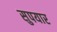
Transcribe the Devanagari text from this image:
सुपयार